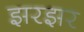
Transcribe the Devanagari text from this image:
झरझर